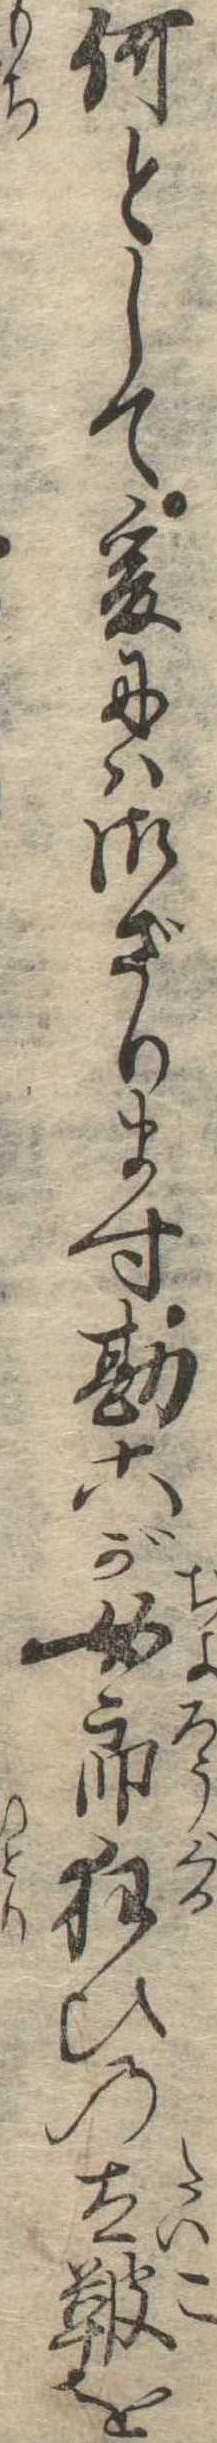
何として爰には御ざります勘六が女郎狂ひの太鞁を